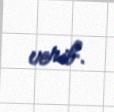
verib.